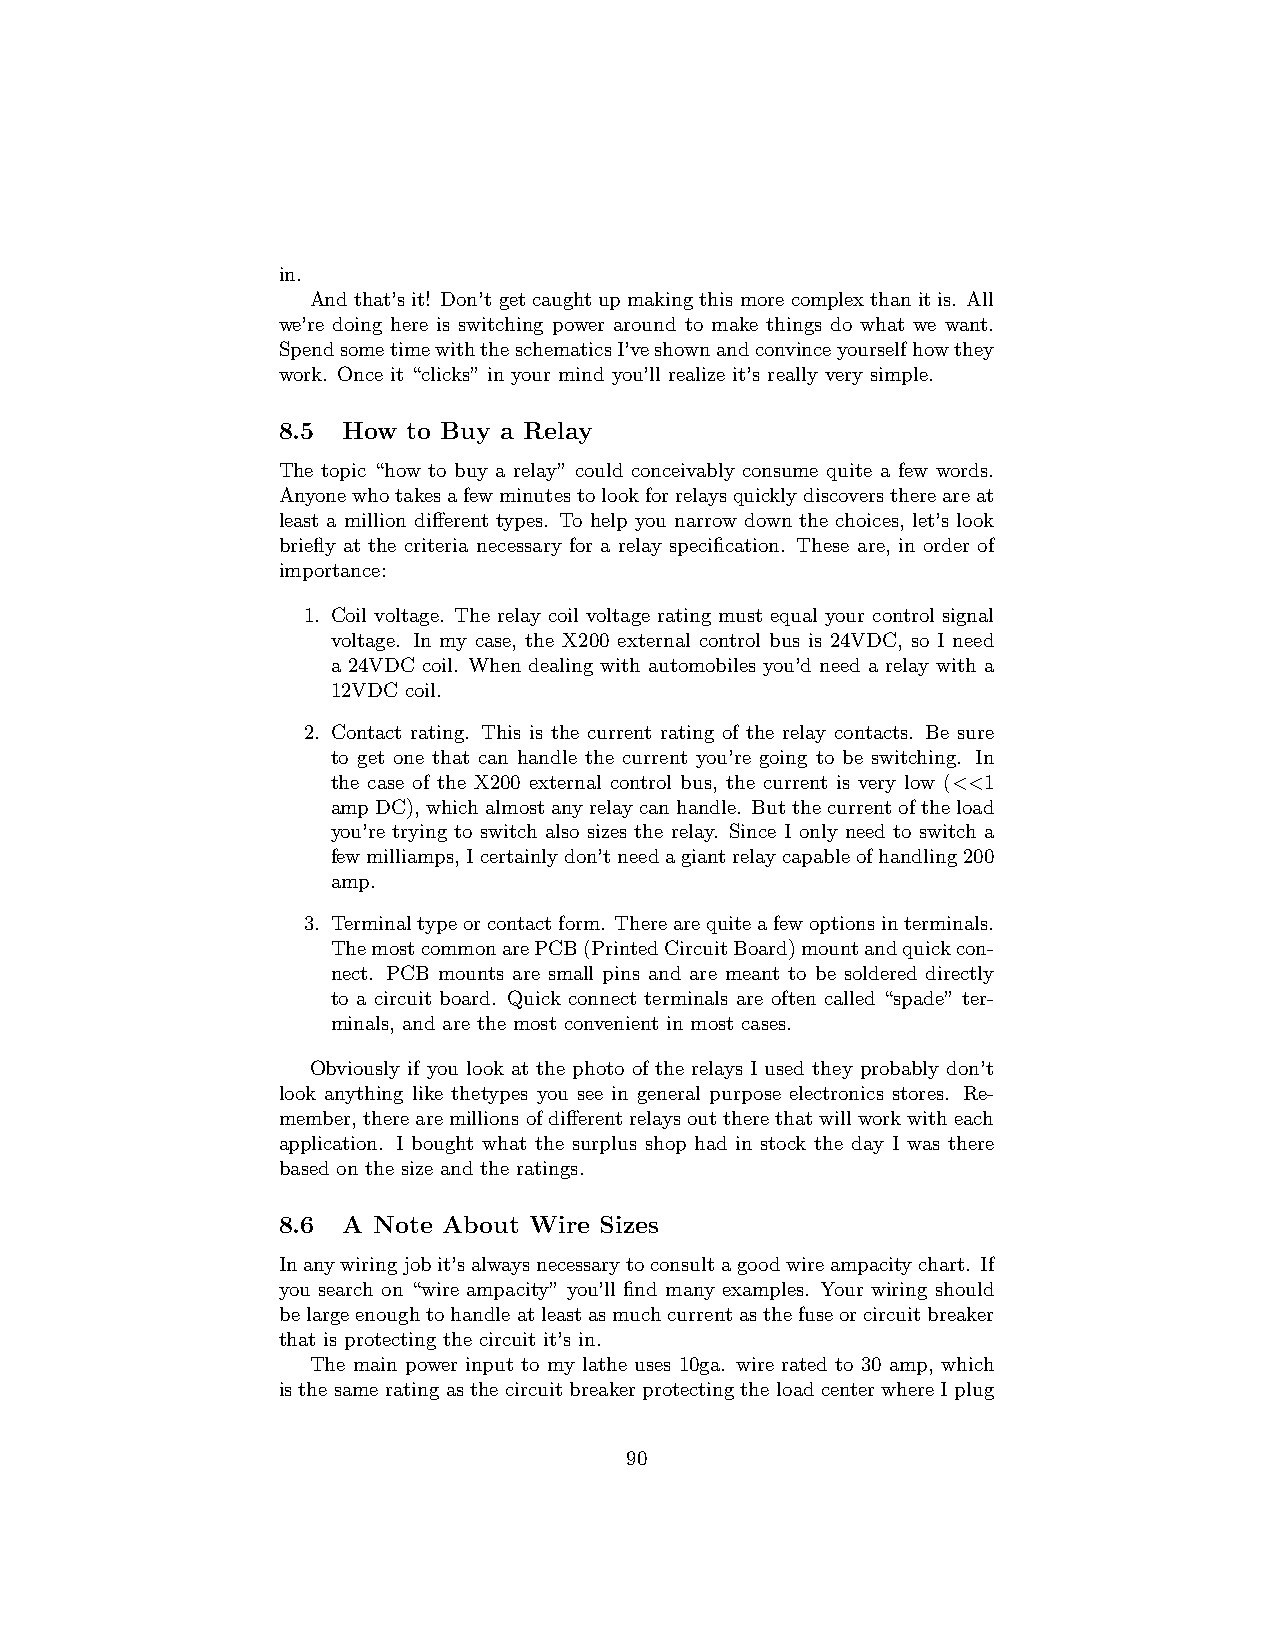
in.
 Andthat’sit! Don’tgetcaughtupmakingthismorecomplexthanitis. All
 we’re doing here is switching power around to make things do what we want.
 SpendsometimewiththeschematicsI’veshownandconvinceyourselfhowthey
 work. Once it “clicks” in your mind you’ll realize it’s really very simple.
 8.5  How to Buy a Relay
 The topic “how to buy a relay” could conceivably consume quite a few words.
 Anyonewhotakesafewminutestolookforrelaysquicklydiscoversthereareat
 least a million different types. To help you narrow down the choices, let’s look
 briefly at the criteria necessary for a relay specification. These are, in order of
 importance:
 1. Coil voltage. The relay coil voltage rating must equal your control signal
 voltage. In my case, the X200 external control bus is 24VDC, so I need
 a 24VDC coil. When dealing with automobiles you’d need a relay with a
 12VDC coil.
 2. Contact rating. This is the current rating of the relay contacts. Be sure
 to get one that can handle the current you’re going to be switching. In
 the case of the X200 external control bus, the current is very low (<<1
 ampDC),whichalmostanyrelaycanhandle. Butthecurrentoftheload
 you’re trying to switch also sizes the relay. Since I only need to switch a
 fewmilliamps,Icertainlydon’tneedagiantrelaycapableofhandling200
 amp.
 3. Terminaltypeorcontactform. Therearequiteafewoptionsinterminals.
 ThemostcommonarePCB(PrintedCircuitBoard)mountandquickcon-
 nect. PCB mounts are small pins and are meant to be soldered directly
 to a circuit board. Quick connect terminals are often called “spade” ter-
 minals, and are the most convenient in most cases.
 Obviously if you look at the photo of the relays I used they probably don’t
 look anything like thetypes you see in general purpose electronics stores. Re-
 member,therearemillionsofdifferentrelaysouttherethatwillworkwitheach
 application. I bought what the surplus shop had in stock the day I was there
 based on the size and the ratings.
 8.6  A Note About Wire Sizes
 Inanywiringjobit’salwaysnecessarytoconsultagoodwireampacitychart. If
 you search on “wire ampacity” you’ll find many examples. Your wiring should
 belargeenoughtohandleatleastasmuchcurrentasthefuseorcircuitbreaker
 that is protecting the circuit it’s in.
 The main power input to my lathe uses 10ga. wire rated to 30 amp, which
 is the same rating as the circuit breaker protecting the load center where I plug
 90